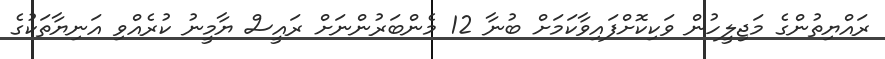
ރައްޔިތުންގެ މަޖިލީހުން ވަކިކޮށްފައިވާކަމަށް ބުނާ 12 މެންބަރުންނަށް ރައީސް ޔާމީނު ކުރެއްވި އަނިޔާތަކުގެ